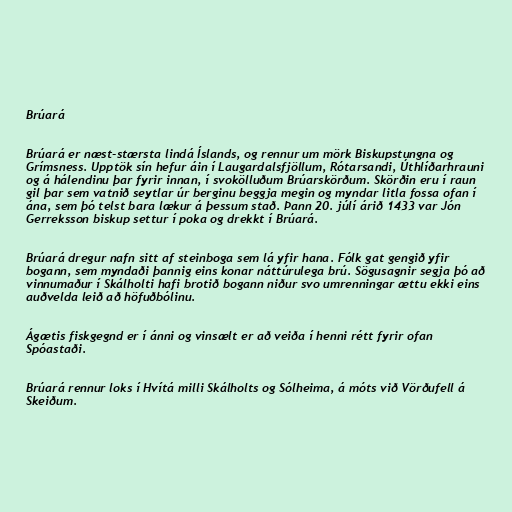
Brúará

Brúará er næst-stærsta lindá Íslands, og rennur um mörk Biskupstungna og
Grímsness. Upptök sín hefur áin í Laugardalsfjöllum, Rótarsandi, Úthlíðarhrauni
og á hálendinu þar fyrir innan, í svokölluðum Brúarskörðum. Skörðin eru í raun
gil þar sem vatnið seytlar úr berginu beggja megin og myndar litla fossa ofan í
ána, sem þó telst bara lækur á þessum stað. Þann 20. júlí árið 1433 var Jón
Gerreksson biskup settur í poka og drekkt í Brúará.

Brúará dregur nafn sitt af steinboga sem lá yfir hana. Fólk gat gengið yfir
bogann, sem myndaði þannig eins konar náttúrulega brú. Sögusagnir segja þó að
vinnumaður í Skálholti hafi brotið bogann niður svo umrenningar ættu ekki eins
auðvelda leið að höfuðbólinu.

Ágætis fiskgegnd er í ánni og vinsælt er að veiða í henni rétt fyrir ofan
Spóastaði.

Brúará rennur loks í Hvítá milli Skálholts og Sólheima, á móts við Vörðufell á
Skeiðum.